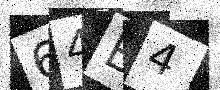
Text: 64B4